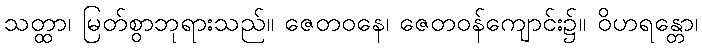
သတ္ထာ၊ မြတ်စွာဘုရားသည်။ ဇေတဝနေ၊ ဇေတဝန်ကျောင်း၌။ ဝိဟရန္တော၊